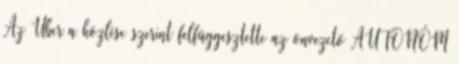
Az Uber a közlése szerint felfüggesztette az önvezető AUTONÓM